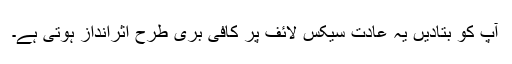
آپ کو بتادیں یہ عادت سیکس لائف پر کافی بری طرح اثرانداز ہوتی ہے۔